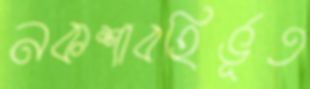
নকশাবহির্ভূত